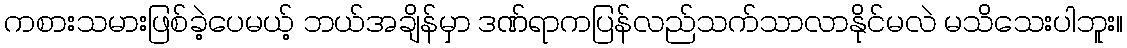
ကစားသမားဖြစ်ခဲ့ပေမယ့် ဘယ်အချိန်မှာ ဒဏ်ရာကပြန်လည်သက်သာလာနိုင်မလဲ မသိသေးပါဘူး။